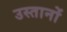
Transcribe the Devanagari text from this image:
उस्तानों